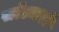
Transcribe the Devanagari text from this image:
सोल्जरों